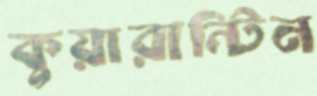
কুয়ারান্টিন